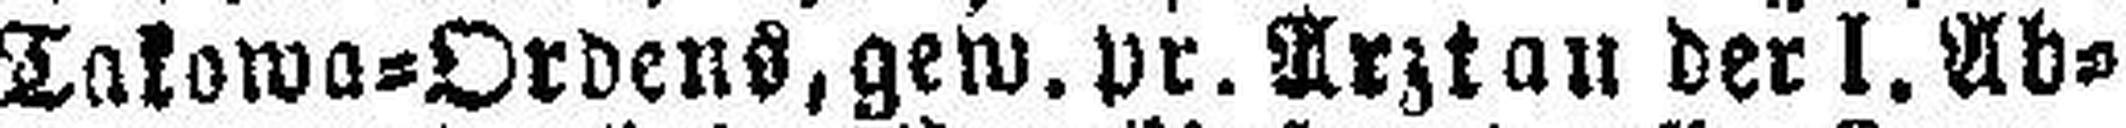
Takowa=Orbens, gew. pr. Arzt an der I. Ab¬